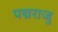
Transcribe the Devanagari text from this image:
पद्मराजु